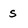
Character: s